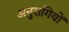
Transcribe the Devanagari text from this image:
अनुरागियों